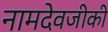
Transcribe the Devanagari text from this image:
नामदेवजीकी